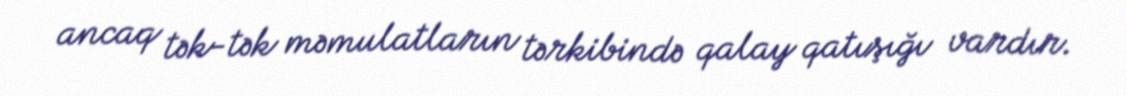
ancaq tək-tək məmulatların tərkibində qalay qatışığı vardır.